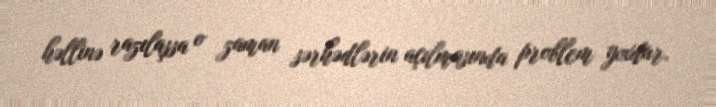
həllinə razılaşsa o zaman sərhədlərin açılmasında problem yoxdur.